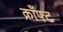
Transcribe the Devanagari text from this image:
क्राँफ्ट